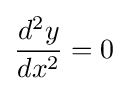
{\frac {d^{2}y}{dx^{2}}}=0